Document type: Emphyteutic lease
Year: 1473
Scribe: [Unknown]
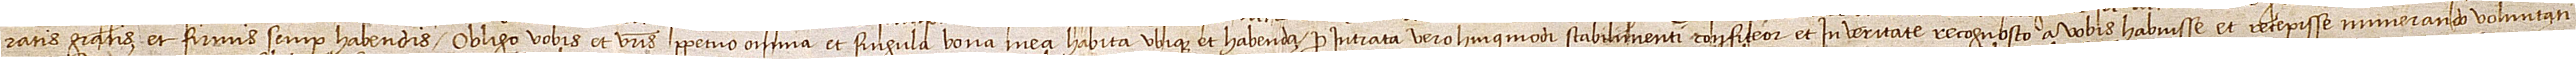
ratis, gratis et firmis semper habendis, obligo vobis et vestris perpetuo omnia et singula bona mea, habita ubique et habenda. Pro intrata vero huiusmodi stabilimenti confiteor et in veritate recognosco a vobis habuisse et recepisse numerando voluntati